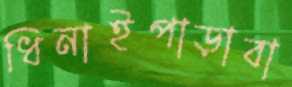
ধিনাইপাড়াবা